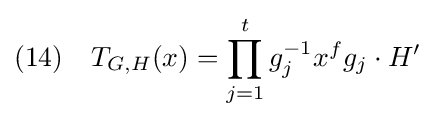
(14)\quad T_{G,H}(x)=\prod _{j=1}^{t}g_{j}^{-1}x^{f}g_{j}\cdot H'